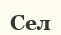
Сел